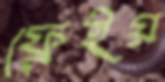
ফ্রেইয়